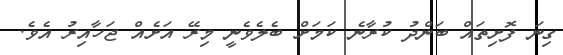
ގިނަ ފޮށިތައް ބަންދު ކުރާނެ ކަމަށް ބެލެވެނީ މިރޭ އަށެއް ޖަހާއިރު އެވެ.